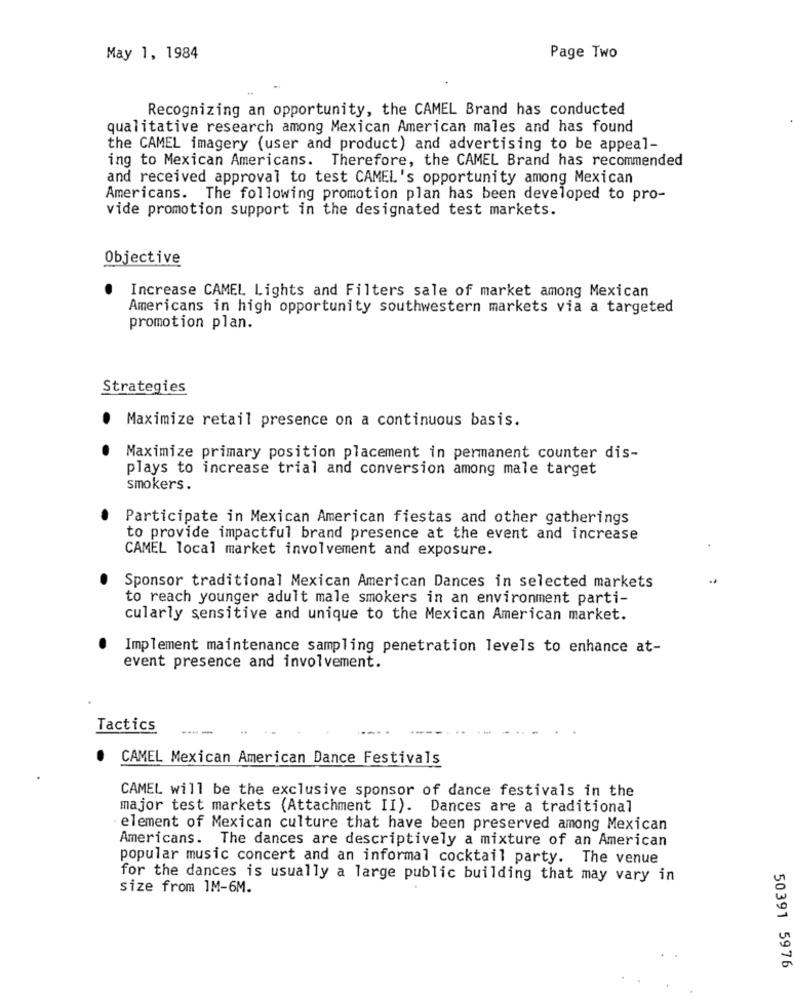
May 1, 1984
Page Two
Recognizing an opportunity, the CAMEL Brand has conducted
qualitative research among Mexican American males and has found
the CAMEL imagery (user and product) and advertising to be appeal-
ing to Mexican Americans. Therefore, the CAMEL Brand has recommended
and received approval to test CAMEL's opportunity among Mexican
Americans. The following promotion plan has been developed to pro-
vide promotion support in the designated test markets.
Objective
Increase CAMEL Lights and Filters sale of market among Mexican
Americans in high opportunity southwestern markets via a targeted
promotion plan.
Strategies
Maximize retail presence on a continuous basis.
.
Maximize primary position placement in permanent counter dis-
plays to increase trial and conversion among male target
smokers.
Participate in Mexican American fiestas and other gatherings
to provide impactful brand presence at the event and increase
CAMEL local market involvement and exposure.
Sponsor traditional Mexican American Dances in selected markets
to reach younger adult male smokers in an environment parti-
cularly sensitive and unique to the Mexican American market.
Implement maintenance sampling penetration levels to enhance at-
event presence and involvement.
Tactics
CAMEL Mexican American Dance Festivals
CAMEL will be the exclusive sponsor of dance festivals in the
major test markets (Attachment II). Dances are a traditional
element of Mexican culture that have been preserved among Mexican
Americans. The dances are descriptively a mixture of an American
popular music concert and an informal cocktail party. The venue
for the dances is usually a large public building that may vary in
size from 1M-6M.
50391 5976